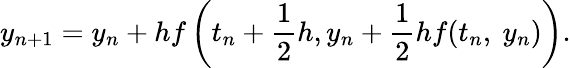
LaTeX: y_{n+1}=y_{n}+hf\left(t_{n}+{\frac{1}{2}}h,y_{n}+{\frac{1}{2}}hf(t_{n},\ y_{n})\right).